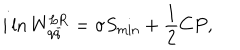
i \ln W _ { q \bar { q } } ^ { \mathrm { L R } } = \sigma S _ { \mathrm { m i n } } + { \frac { 1 } { 2 } } C P ,